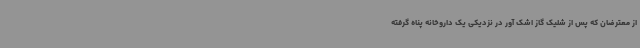
از معترضان که پس از شلیک گاز اشک آور در نزدیکی یک داروخانه پناه گرفته